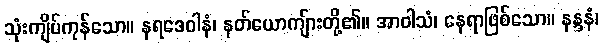
သုံးကျိပ်ကုန်သော။ နရဒေဝါနံ၊ နတ်ယောကျ်ားတို့၏။ အာဝါသံ၊ နေရာဖြစ်သော။ နန္ဒနံ၊